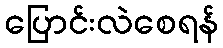
ပြောင်းလဲစေရန်